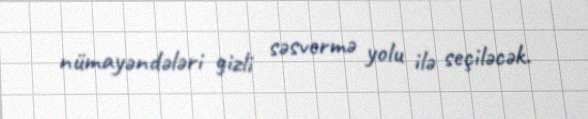
nümayəndələri gizli səsvermə yolu ilə seçiləcək.